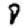
Digit: 8